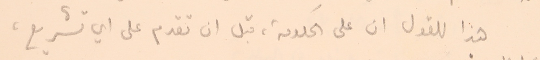
هذا للقول ان على الحكومة، قبل ان تقدم على اي تشريع،